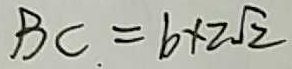
B C = b \times 2 \sqrt { 2 }